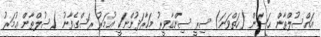
އައްސުލްޠާން ޙަސަން (ހަތްވަނަ) ސިރީ ސިންގާވީރު މަހާރަދުންނަކީ ޢުމަރު ރަސްގެފާނު (ސުލްޠާން ޢުމަރު